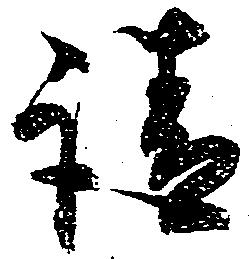
請